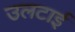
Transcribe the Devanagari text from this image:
उलटाई